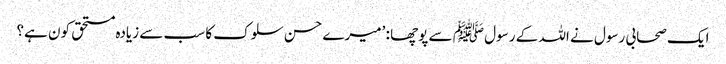
ایک صحابی رسول نے اللہ کے رسول ﷺ سے پوچھا : ’میرے حسن سلوک کا سب سے زیادہ مستحق کون ہے؟